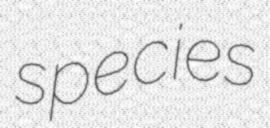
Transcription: species